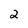
Character: 2